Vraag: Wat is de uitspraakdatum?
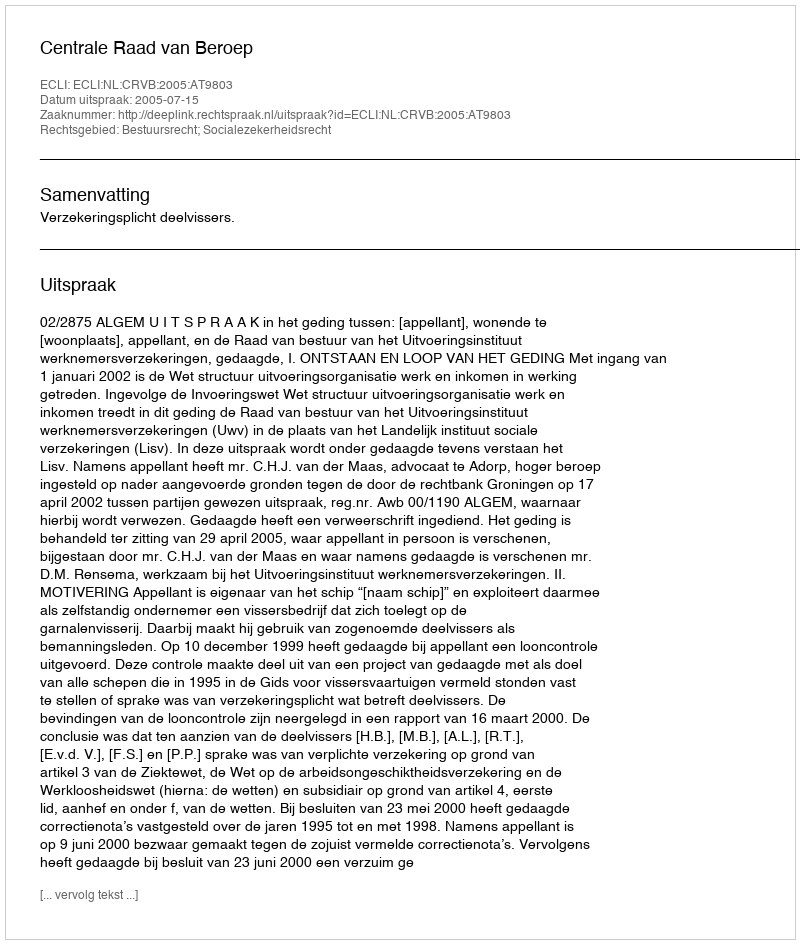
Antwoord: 2005-07-15